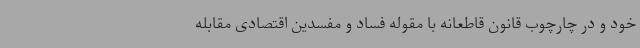
خود و در چارچوب قانون قاطعانه با مقوله فساد و مفسدین اقتصادی مقابله